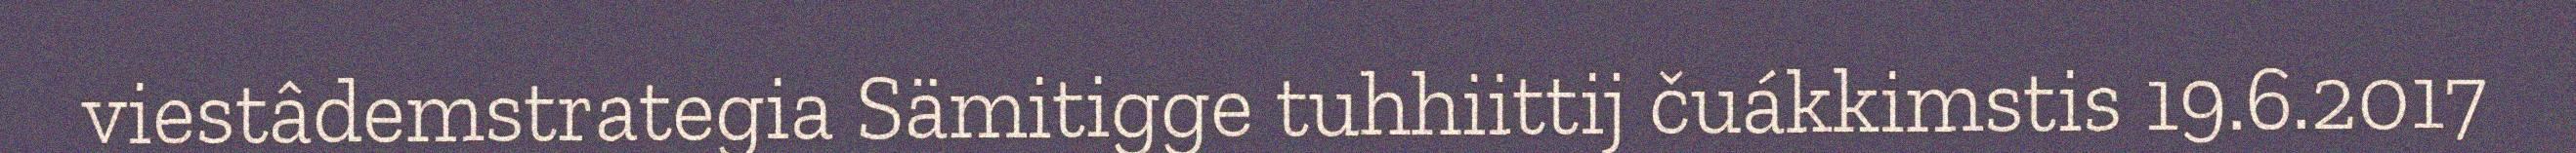
viestâdemstrategia Sämitigge tuhhiittij čuákkimstis 19.6.2017